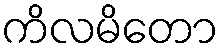
ကိလမိတော